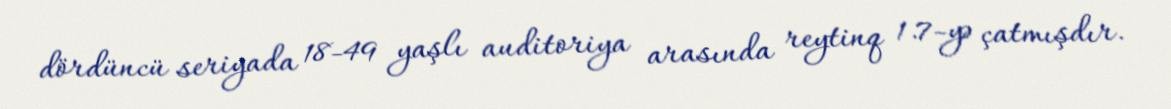
dördüncü seriyada 18-49 yaşlı auditoriya arasında reytinq 1.7-yə çatmışdır.